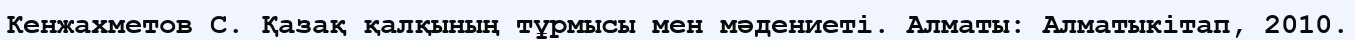
Кенжахметов С. Қазақ қалқының тұрмысы мен мәдениеті. Алматы: Алматыкітап, 2010.